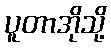
ပူတာအိုသို့